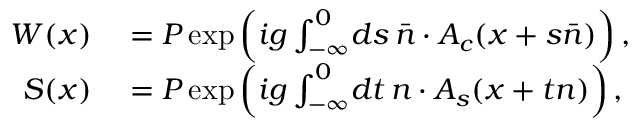
\begin{array} { r l } { { W ( x ) } } & { { } { { } = P \exp \left( i g \int _ { - \infty } ^ { 0 } \! d s \, \bar { n } \cdot A _ { c } ( x + s \bar { n } ) \right) , } } \\ { { S ( x ) } } & { { } { { } = P \exp \left( i g \int _ { - \infty } ^ { 0 } \! d t \, n \cdot A _ { s } ( x + t n ) \right) , } } \end{array}